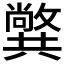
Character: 𠔷